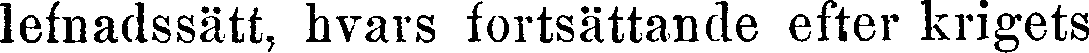
lefnadssätt, hvars fortsättande efter krigets